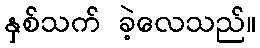
နှစ်သက် ခဲ့လေသည်။